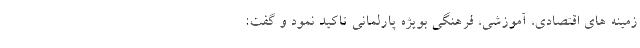
زمینه های اقتصادی، آموزشی، فرهنگی بویژه پارلمانی تاکید نمود و گفت: